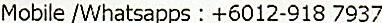
MOBILE /WHATSAPPS : +6012-918 7937